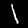
Digit: 1